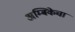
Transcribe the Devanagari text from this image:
अम्बिकेचा